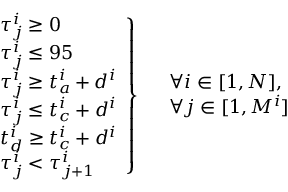
\left. \begin{array} { r l } & { \tau _ { j } ^ { i } \geq 0 } \\ & { \tau _ { j } ^ { i } \leq 9 5 } \\ & { \tau _ { j } ^ { i } \geq t _ { a } ^ { i } + d ^ { i } } \\ & { \tau _ { j } ^ { i } \leq t _ { c } ^ { i } + d ^ { i } } \\ & { t _ { d } ^ { i } \geq t _ { c } ^ { i } + d ^ { i } } \\ & { \tau _ { j } ^ { i } < \tau _ { j + 1 } ^ { i } } \end{array} \right\} \begin{array} { r l } & { \forall i \in [ 1 , N ] , } \\ & { \forall j \in [ 1 , M ^ { i } ] } \end{array}